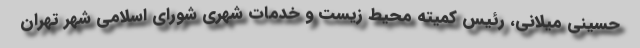
حسینی میلانی، رئیس کمیته محیط زیست و خدمات شهری شورای اسلامی شهر تهران